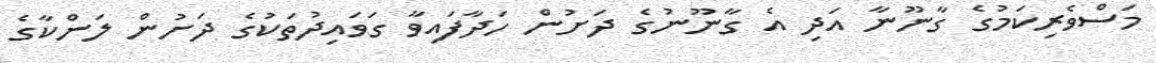
މަސްވެރިކަމުގެ ގާނޫނާ އަދި އެ ގާނޫނުގެ ދަށުން ހަދާފައިވާ ގަވައިދުތަކުގެ ދަށުން ލަންކާގެ